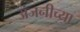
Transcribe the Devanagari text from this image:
अंजनीच्या